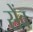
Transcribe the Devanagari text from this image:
सेंव